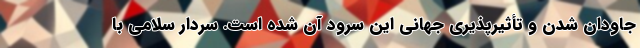
جاودان شدن و تأثیرپذیری جهانی این سرود آن شده است. سردار سلامی با